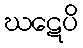
ဃဋေပိ